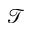
\mathcal { T }